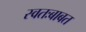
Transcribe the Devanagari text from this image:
स्वतःबाबत